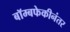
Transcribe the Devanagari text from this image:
बॉम्बफेकीनंतर